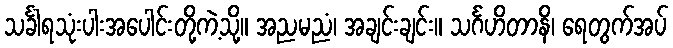
သင်္ခါရသုံးပါးအပေါင်းတို့ကဲ့သို့။ အညမညံ၊ အချင်းချင်း။ သင်္ဂဟိတာနိ၊ ရေတွက်အပ်